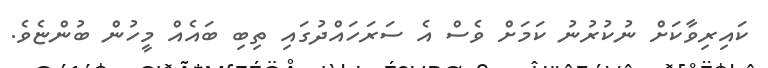
ކައިރިވާކަށް ނުކުރުނު ކަމަށް ވެސް އެ ސަރަހައްދުގައި ތިބި ބައެއް މީހުން ބުންޏެވެ.